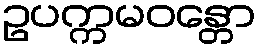
ဥပက္ကမဝန္တော